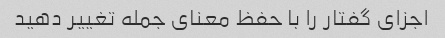
اجزای گفتار را با حفظ معنای جمله تغییر دهید